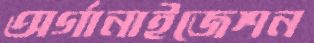
অর্গানাইজেশন